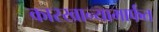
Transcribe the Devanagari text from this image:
कारखान्यामार्फत